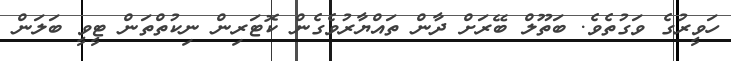
ހަވީރުގެ ވަގުތެވެ. ބަތޫލް ބޭރަށް ދާން ތައްޔާރުވެގެން ކޮޓަރިން ނިކުތްތަން ޓީވީ ބަލަން